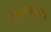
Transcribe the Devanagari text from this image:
आसामसहित